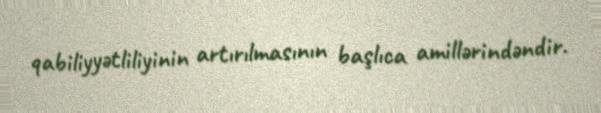
qabiliyyətliliyinin artırılmasının başlıca amillərindəndir.